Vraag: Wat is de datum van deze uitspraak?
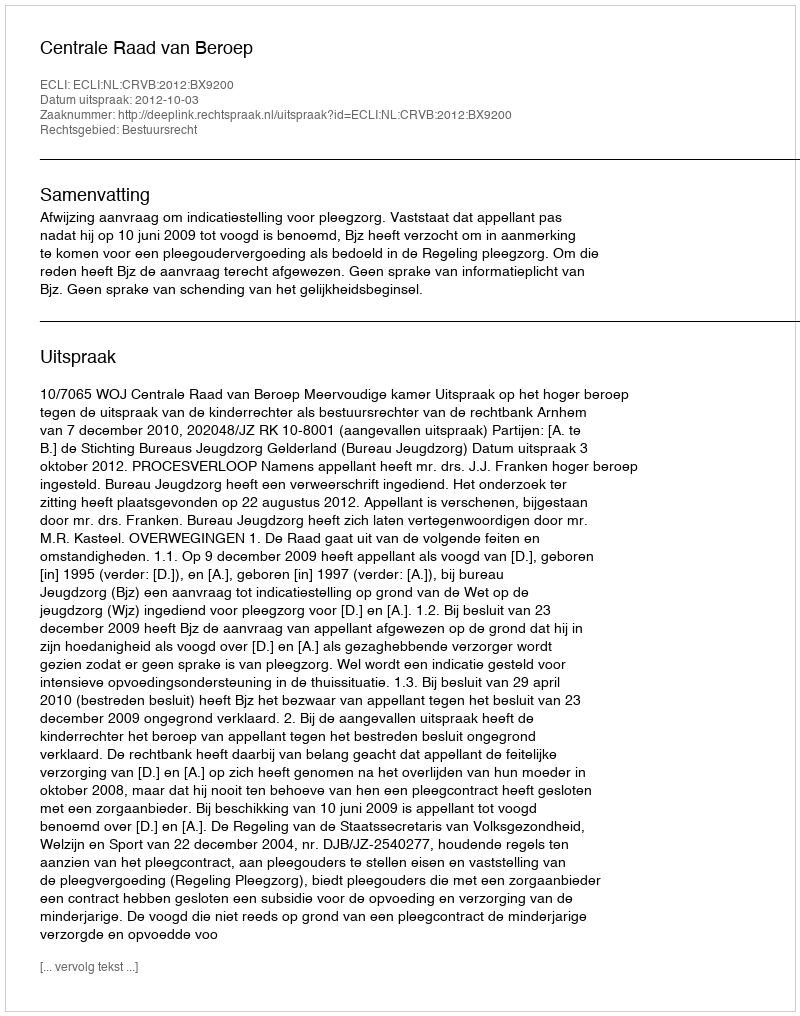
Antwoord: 2012-10-03